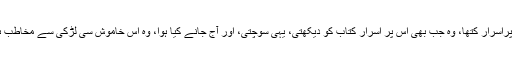
کچھ تھا اس میں کوئی قدیم راز یا کوئی پراسرار کتھا، وہ جب بھی اس پر اسرار کتاب کو دیکھتی، یہی سوچتی، اور آج جانے کیا ہوا، وہ اس خاموش سی لڑکی سے مخاطب ہو ہی گئی شاید تجسس عاجز کر رہا تھا۔